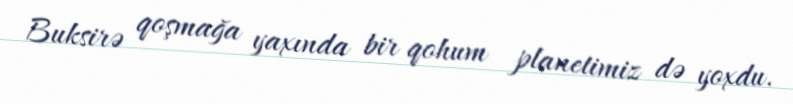
Buksirə qoşmağa yaxında bir qohum planetimiz də yoxdu.